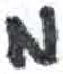
אות: מ